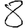
Digit: 8